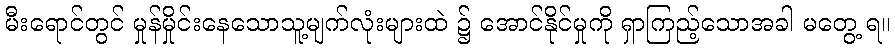
မီးရောင်တွင် မှုန်မှိုင်းနေသောသူ့မျက်လုံးများထဲ ၌ အောင်နိုင်မှုကို ရှာကြည့်သောအခါ မတွေ့ ရ။